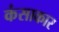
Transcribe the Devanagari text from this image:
कंसाकार